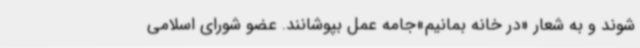
شوند و به شعار «در خانه بمانیم»جامه عمل بپوشانند. عضو شورای اسلامی